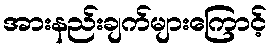
အားနည်းချက်များကြောင့်